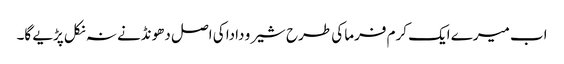
اب میرے ایک کرم فرما کی طرح شیرو دادا کی اصل دھونڈنے نہ نکل پڑیے گا۔